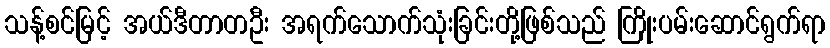
သန့်စင်မြင့် အယ်ဒီတာတဦး အရက်သောက်သုံးခြင်းတို့ဖြစ်သည် ကြိုးပမ်းဆောင်ရွက်ရာ